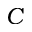
C